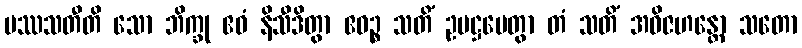
ပဿသတီတိ သော ဘိက္ခု ဧဝံ နိသီဒိတွာ ဧဝဉ္စ သတိံ ဥပဋ္ဌပေတွာ တံ သတိံ အဝိဇဟန္တော သတော